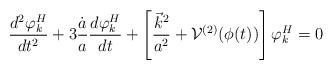
LaTeX: \begin{align*}\frac{d^2 \varphi^H_k}{dt^2} + 3\frac{\dot{a}}{a}\frac{d\varphi^H_k}{dt}+\left[\frac{\vec{k}^2}{a^2}+{\cal{V}}^{(2)}(\phi(t))\right]\varphi^H_k =0\end{align*}